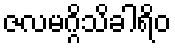
ဇလမဂ္ဂိသိခါရိဝ